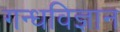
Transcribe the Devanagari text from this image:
गन्धविज्ञान